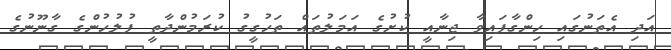
އަދި އެތަނުގައި ހިންގާފައިވާ ޖިނާއީ ކުށުގެ އަމަލުތައް ތަހުގީގު ކުރަމުންދާތީ ފުލުހުންގެ ގާނޫނުގެ